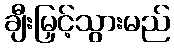
ချီးမြှင့်သွားမည်